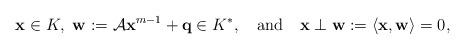
LaTeX: \begin{align*}{\bf x}\in K,~{\bf w}:=\mathcal{A}{\bf x}^{m-1}+{\bf q}\in K^*,~~~{\rm and}~~~{\bf x}\perp{\bf w}:=\langle {\bf x},{\bf w}\rangle=0,\end{align*}